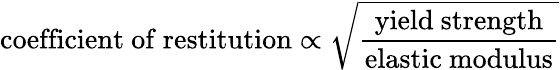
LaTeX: {\mathrm{coefficient~of~restitution}}\propto{\sqrt{\frac{\mathrm{yield~strength}}{\mathrm{elastic~modulus}}}}